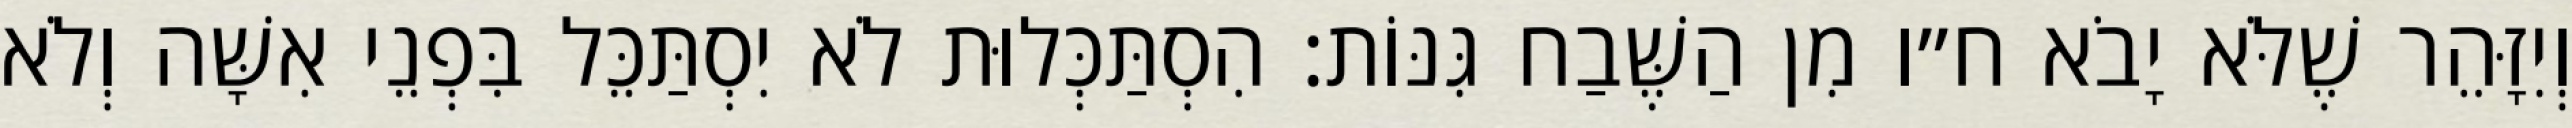
וְיִזָּהֵר שֶׁלֹּא יָבֹא ח״ו מִן הַשֶּׁבַח גִּנּוֹת: הִסְתַּכְּלוּת לֹא יִסְתַּכֵּל בִּפְנֵי אִשָּׁה וְלֹא